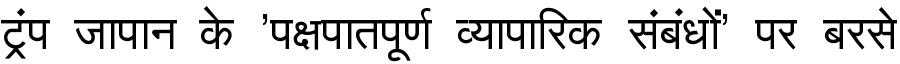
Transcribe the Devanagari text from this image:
ट्रंप जापान के 'पक्षपातपूर्ण व्यापारिक संबंधों' पर बरसे